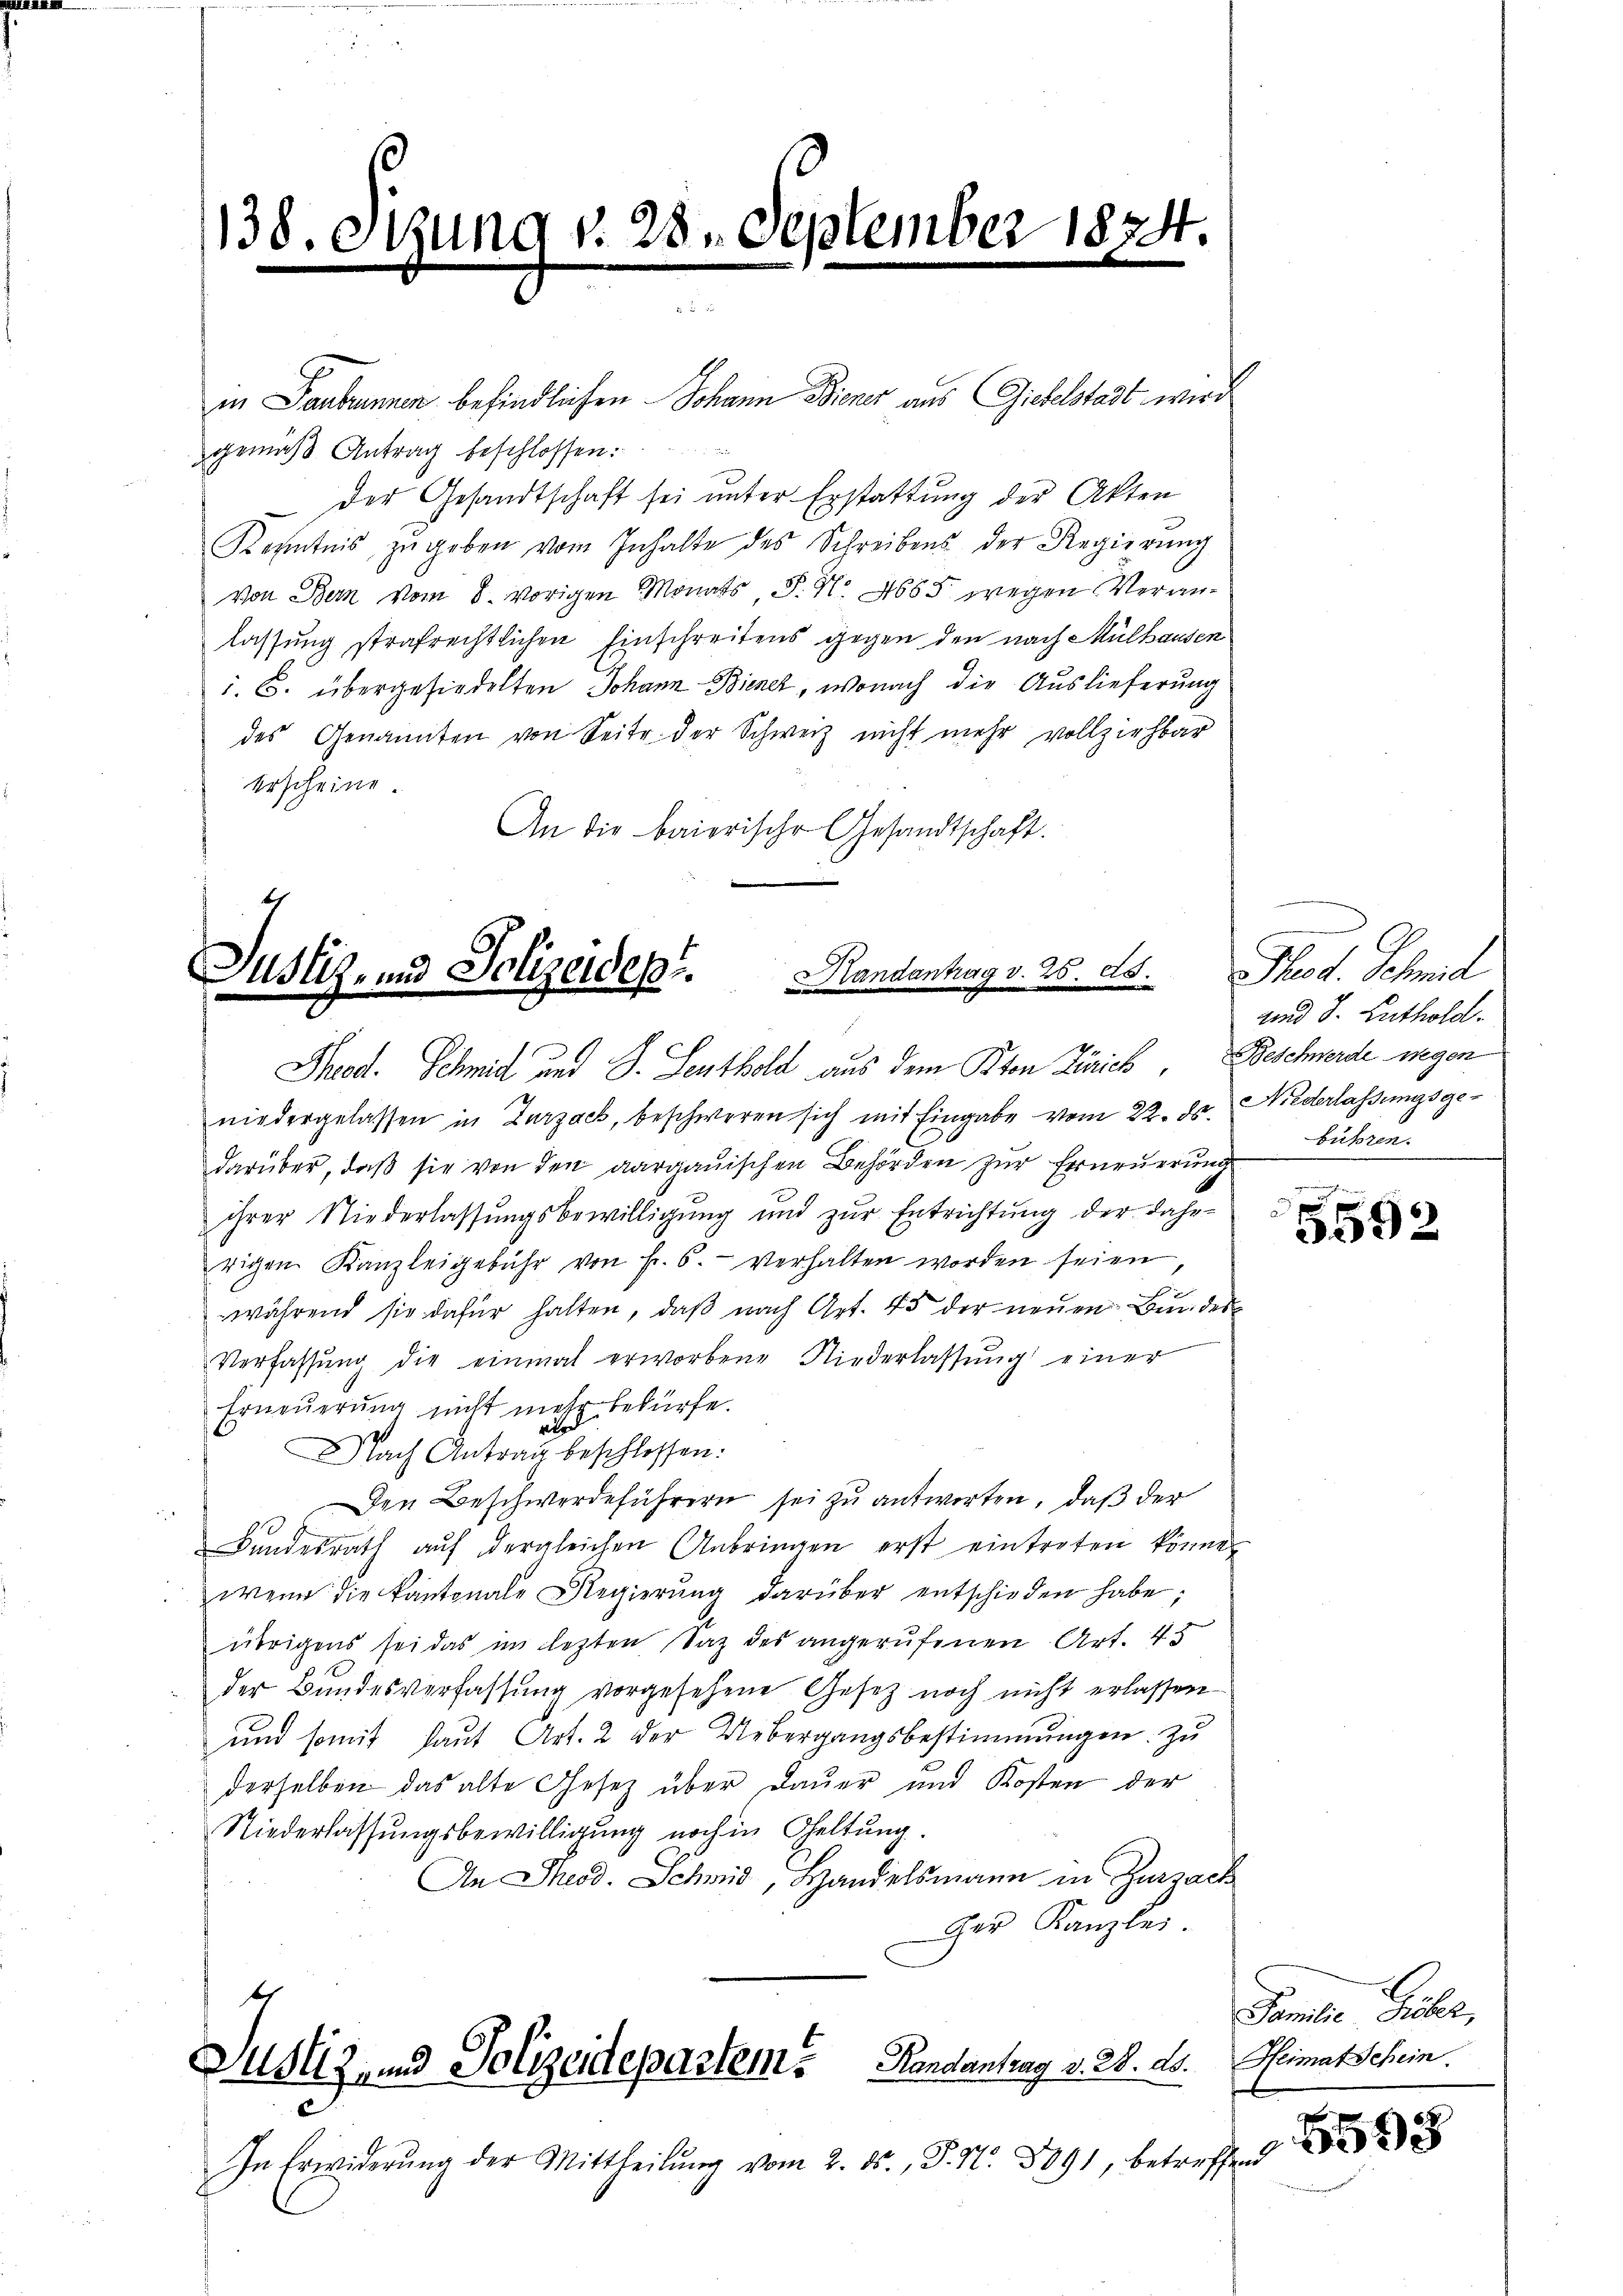
1138. Sizung v. 28. September 1874.

gemäß Antrag beschlossen:
der Gesandtschaft sei unter Erstattung der Akten
Kenntnis zŭ geben vom Inhalte des Schreibens der Regierŭng
von Bern vom 8. vorigen Monats P. N. 4685 wegen Veranlassung strafrechtlichen Einschreitens gegen den nach Mülhausen
i. C. übergesiedelten Johann Bienet, wonach die Auslieferung
des Genannten von Seite der Schweiz nicht mehr vollziehbar
erscheine.
An die baierische Gesandtschaft.

in Taubrunnen befindlichen Johann Biener aus Giebelstadt wird

Justiz- und Polizeides. Handantag v. 25. ds.
Theod. Schmid und S. Leuthold aus dem Pton Zürich, Beschwerde wegen

niedergelassen in Zurzach, beschweren sich mit Eingabe vom 22. ds. Niederlassŭngsge-
darüber, daß sie von den aargauischen Behörden zur Erneuerung
ihrer Niederlassungsbewilligung und zur Entrichtung der Jahr-
rigen Kanzleigebühr von Fr. 6. verhalten worden seien,
während sie dafür halten, daβ nach Art. 45 der neŭen Bundes
Verfassŭng die einmal erworbene Niederlassŭng einer
Erneŭerŭng nicht mehr bedürfe.
NNach Antrag beschlossen:
Den Beschwerdeführern sei zu antworten, daß der
Bŭndesrath aŭf dergleichen Anbringen erst eintreten könne,
wenn die Kantonale Regierŭng darüber entschieden habe;
übrigens sei das im lezten Saz des angerufenen Art. 48
der Bundesverfassung vorgesehene Gesetz noch nicht erlassen
und somit laut Art. 2 der Uebergangsbestimmungen zu
derselben das alte Gesetz über Dauer und Kosten der
Niederlassungsbewilligung noch in Geltung.
An Theod. Schmid, Handelsmann in Zurzach
ger Kanzlei.
sh
Justiz und Polizeidepartem Handantrag v. 28. 20. Heimat Schein.
In Erwiderŭng der Mittheilŭng vom 2. ds., S. N. 8891, betreffend

Theod. Schmid
und 8. Authold.
bühren.

a p
5592

Familie Sicher,

8598